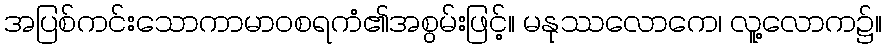
အပြစ်ကင်းသောကာမာဝစရကံ၏အစွမ်းဖြင့်။ မနုဿလောကေ၊ လူ့လောက၌။